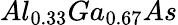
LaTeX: Al_{0.33}Ga_{0.67}As